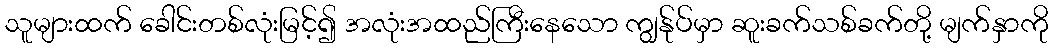
သူများထက် ခေါင်းတစ်လုံးမြင့်၍ အလုံးအထည်ကြီးနေသော ကျွန်ုပ်မှာ ဆူးခက်သစ်ခက်တို့ မျက်နှာကို